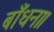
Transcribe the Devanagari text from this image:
बाँधना।